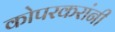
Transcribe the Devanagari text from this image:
कोपरकरांनी